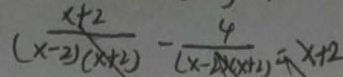
\frac { x + 2 } { ( x - 2 ) ( x + 2 ) } - \frac { 4 } { ( x - 2 ) ( x + 2 ) } = x + 2